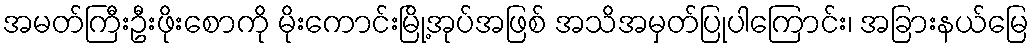
အမတ်ကြီးဦးဖိုးစောကို မိုးကောင်းမြို့အုပ်အဖြစ် အသိအမှတ်ပြုပါကြောင်း၊ အခြားနယ်မြေ